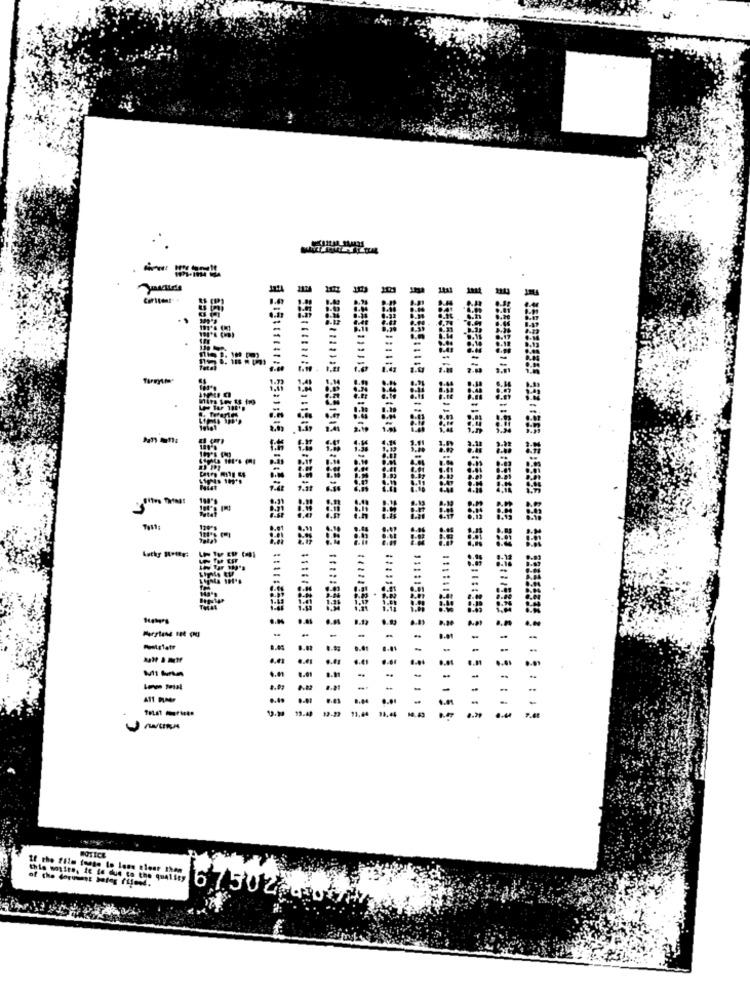
---
-
Pin tes ts to
Tot41
-
13.41
NOTICE
LE the film toute lo loss elesr then